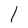
Character: 1